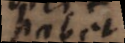
habet